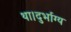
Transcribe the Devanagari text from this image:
था।दुर्भाग्य